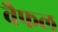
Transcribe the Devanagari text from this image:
वैफल